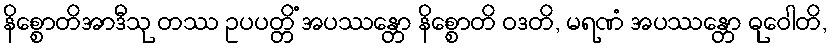
နိစ္စောတိအာဒီသု တဿ ဥပပတ္တိံ အပဿန္တော နိစ္စောတိ ဝဒတိ, မရဏံ အပဿန္တော ဓုဝေါတိ,